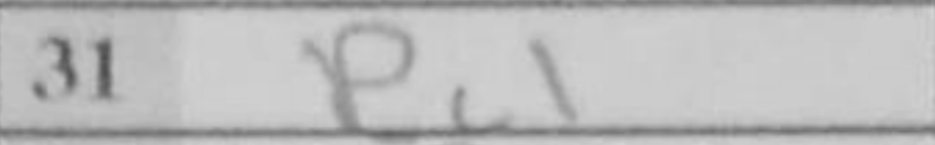
Transcription: Rc1